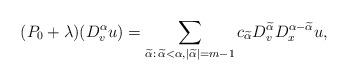
LaTeX: \begin{align*}(P_0 +\lambda) (D^{\alpha}_v u)= \sum_{ \widetilde \alpha: \, \widetilde \alpha < \alpha, |\widetilde \alpha| = m-1 } c_{\widetilde \alpha}D^{\widetilde \alpha}_v D^{\alpha - \widetilde \alpha}_{x} u,\end{align*}